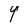
Character: 9